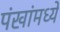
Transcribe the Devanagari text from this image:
पंखांमध्ये